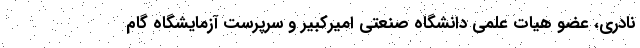
نادری، عضو هیات علمی دانشگاه صنعتی امیرکبیر و سرپرست آزمایشگاه گام